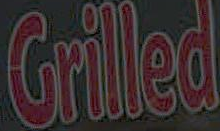
Grilled